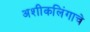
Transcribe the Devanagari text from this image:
अशीकलिंगाचे